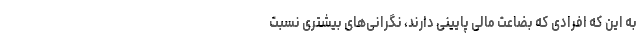
به این که افرادی که بضاعت مالی پایینی دارند، نگرانی‌های بیشتری نسبت